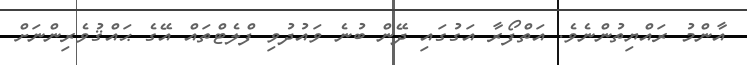
އާންމު ރައްޔިތުންނެވެ. އަތްފޯރާ އަގުގައި ދޭން ބުނެ ވައުދުވި ފްލެޓްތައް އޭގެ ޙައްޤުވެރިންނަށް